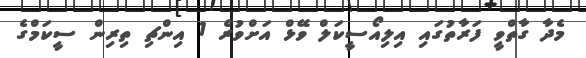
މެދާ ގާތްވީ ފަރާތުގައި އިލިއޯސީކަލް ވޭޅް އަށްވުރެ 1 އިންޗި ތިރިން ސީކަމްގެ